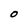
Character: O